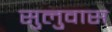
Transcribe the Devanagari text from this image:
सुलुवास